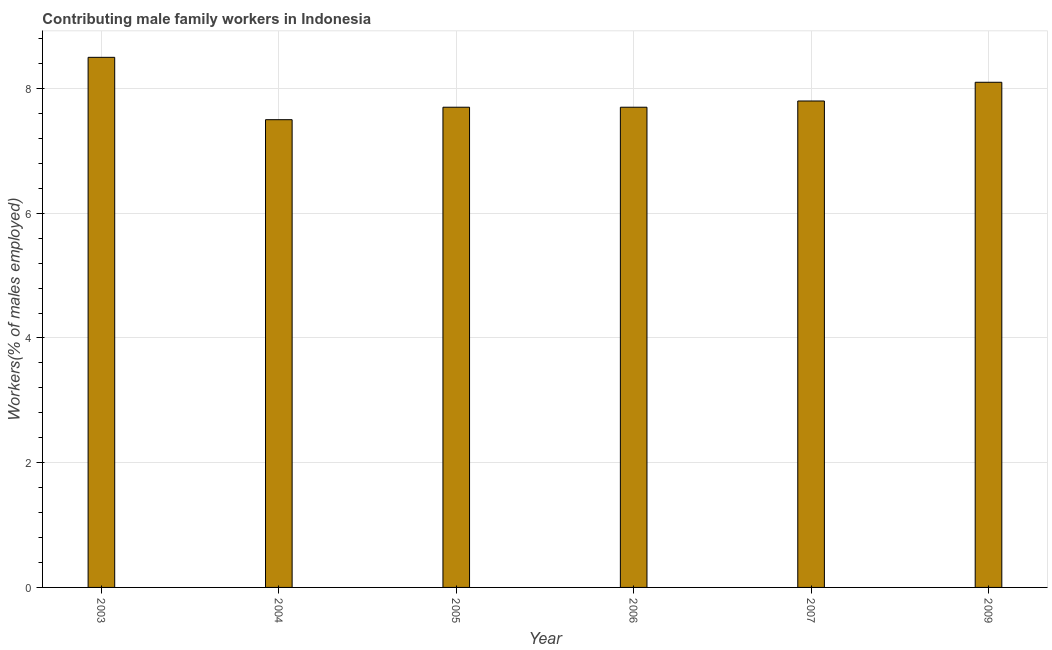
| Year | Contributing family workers |
 | --- | --- |
 | 2003 | 8.5 |
 | 2004 | 7.5 |
 | 2005 | 7.7 |
 | 2006 | 7.7 |
 | 2007 | 7.8 |
 | 2009 | 8.1 |